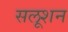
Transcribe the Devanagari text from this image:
सलूशन